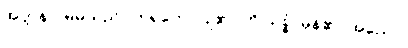
အတ္တနာ၊ မိမိသည်။ ကုရုတေ၊ ပြု၏။ ဟိ သစ္စံ၊ မှန်၏။ အညော၊